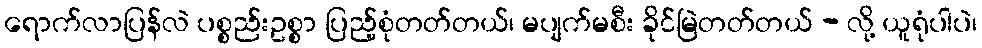
ရောက်လာပြန်လဲ ပစ္စည်းဥစ္စာ ပြည့်စုံတတ်တယ်၊ မပျက်မစီး ခိုင်မြဲတတ်တယ် - လို့ ယူရုံပါပဲ၊